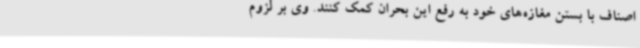
اصناف با بستن مغازه‌های خود به رفع این بحران کمک کنند. وی بر لزوم